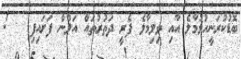
ބޮޑުކުރަނީހުޅުމާލެ އާއި ވިލިމާލެ ފެރީ ދަތުރުތައް އަލުން ފަށައިފި   !